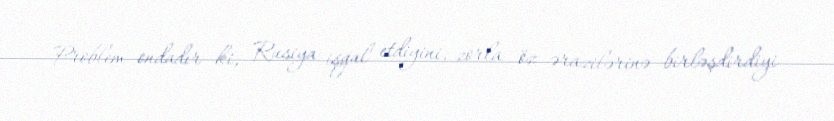
Problem ondadır ki, Rusiya işğal etdiyini, zorla öz ərazilərinə birləşdirdiyi